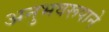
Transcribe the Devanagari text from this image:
अनुभवरूपाने